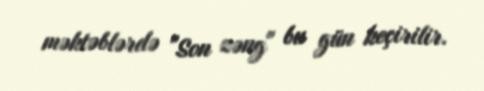
məktəblərdə "Son zəng" bu gün keçirilir.